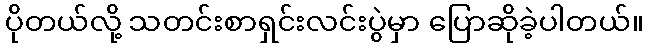
ပိုတယ်လို့ သတင်းစာရှင်းလင်းပွဲမှာ ပြောဆိုခဲ့ပါတယ်။